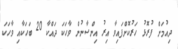
ދިއުމަށް ފުރޮޅު ހަރުކޮށްފައިވާ އިރު އިންސާނުން ވާހަކަ ދައްކާ 20 ބަހަކާއި ވާހަކަ